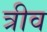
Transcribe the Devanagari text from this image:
त्रीव